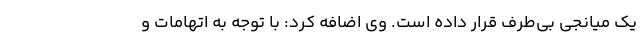
یک میانجی بی‌طرف قرار داده است. وی اضافه کرد: با توجه به اتهامات و